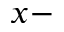
x -